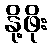
နို့ဖိုး